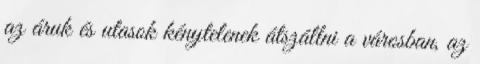
az áruk és utasok kénytelenek átszállni a városban, az